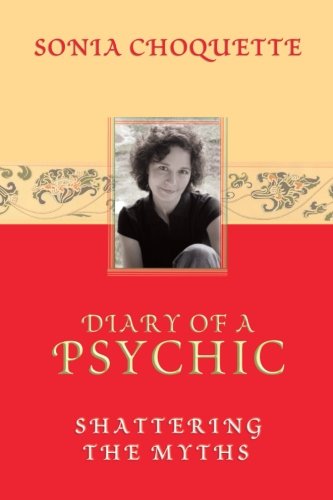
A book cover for Diary of a Psychic: Shattering the Myths; Sonia Choquette; Biographies & Memoirs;